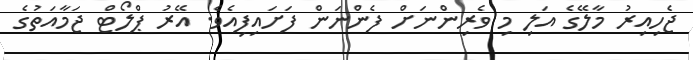
ޖެހިއިރު މާލޭގެ އަލި މި ވެރިންނަށް ފެންނަން ފަށައިފިއެވެ. އޭރު ޕްލޯޓް ޖަމާއަތުގެ